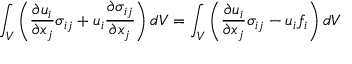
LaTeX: \int _ { V } \left( { \frac { \partial u _ { i } } { \partial x _ { j } } } \sigma _ { i j } + u _ { i } { \frac { \partial \sigma _ { i j } } { \partial x _ { j } } } \right) d V = \int _ { V } \left( { \frac { \partial u _ { i } } { \partial x _ { j } } } \sigma _ { i j } - u _ { i } f _ { i } \right) d V